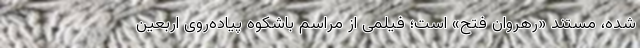
شده، مستند «رهروان فتح» است؛ فیلمی از مراسم باشکوه پیاده‌روی اربعین